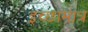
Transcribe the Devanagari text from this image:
इच्छामात्र